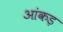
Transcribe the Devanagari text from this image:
आंकड़